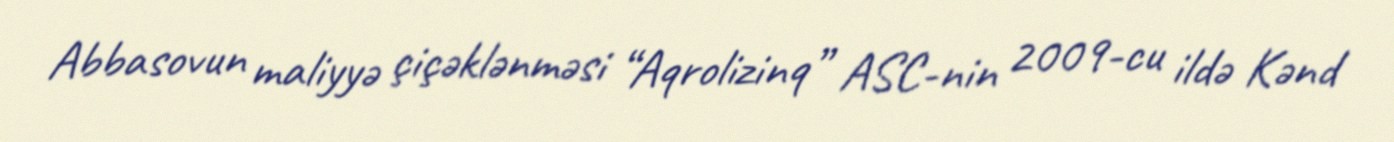
Abbasovun maliyyə çiçəklənməsi “Aqrolizinq” ASC-nin 2009-cu ildə Kənd